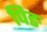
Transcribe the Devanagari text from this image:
पिङ